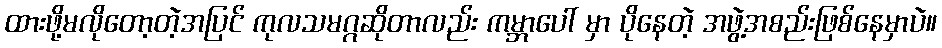
ထားဖို့မလိုတော့တဲ့အပြင် ကုလသမဂ္ဂဆိုတာလည်း ကမ္ဘာပေါ် မှာ ပိုနေတဲ့ အဖွဲ့အစည်းဖြစ်နေမှာပဲ။